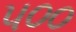
૫૦૦